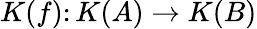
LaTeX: K(f)\colon K(A)\to K(B)